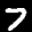
Label: 7